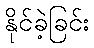
နိုင်ခဲ့ခြင်း